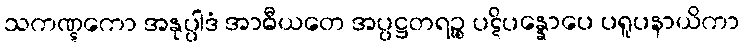
သကဏ္ဋကော အနုပ္ပါဒံ အာဓီယတေ အပ္ပဋ္ဌတရဉ္စ ပဋိပန္နောပေ ပရူပနာယိကာ